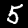
Digit: 5